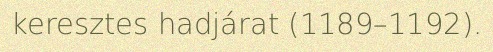
keresztes hadjárat (1189–1192).